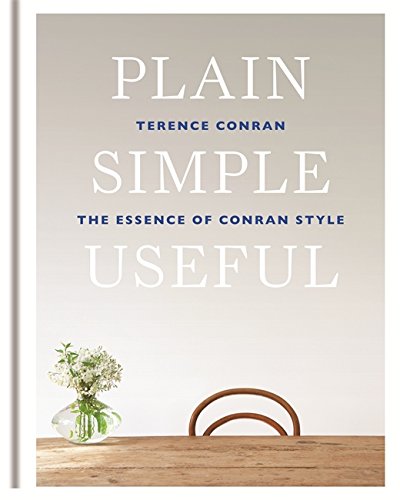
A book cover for Plain Simple Useful: The Essence of Conran Style; Terence Conran; Arts & Photography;